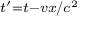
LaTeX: \scriptstyle { t ^ { \prime } = t - v x / c ^ { 2 } }